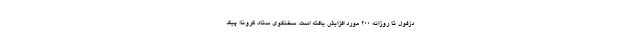
دزفول تا روزانه ۲۰۰ مورد افزایش یافته است. سخنگوی ستاد کرونا: پیک